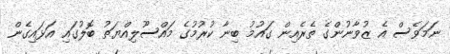
ނަމަވެސް އެ ޒުވާނުންގެ ތެރެއިން ގައުމު ބިނާ ކުރުމުގެ މައްސޫލިއްޔަތު ބޮލުގައި އަޅައިގެން